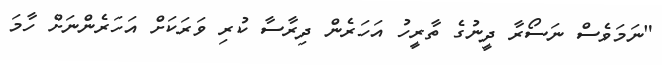
"ނަމަވެސް ނަސޯރާ ދީނުގެ ތާރީހު އަހަރެން ދިރާސާ ކުރި ވަރަކަށް އަހަރެންނަށް ހާމަ